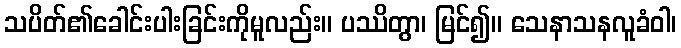
သပိတ်၏ခေါင်းပါးခြင်းကိုမူလည်း။ ပဿိတွာ၊ မြင်၍။ သေနာသနလူခံဝါ၊